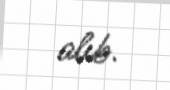
alıb.